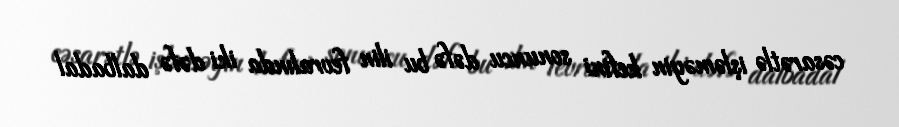
cəsarətlə işləməyin kefini sonuncu dəfə bu ilin fevralında iki dəfə dalbadal